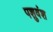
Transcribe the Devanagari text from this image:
पशुवंश